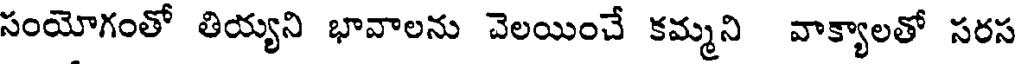
సంయోగంతో తియ్యని భావాలను చెలయించే కమ్మని వాక్యాలతో సరస